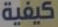
كيفية